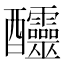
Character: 𨤍